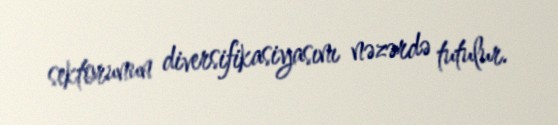
sektorunun diversifikasiyasını nəzərdə tutulur.